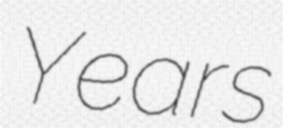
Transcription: Years